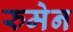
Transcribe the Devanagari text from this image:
रुमेन